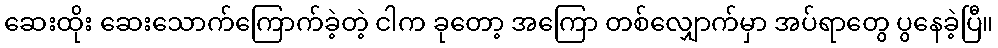
ဆေးထိုး ဆေးသောက်ကြောက်ခဲ့တဲ့ ငါက ခုတော့ အကြော တစ်လျှောက်မှာ အပ်ရာတွေ ပွနေခဲ့ပြီ။